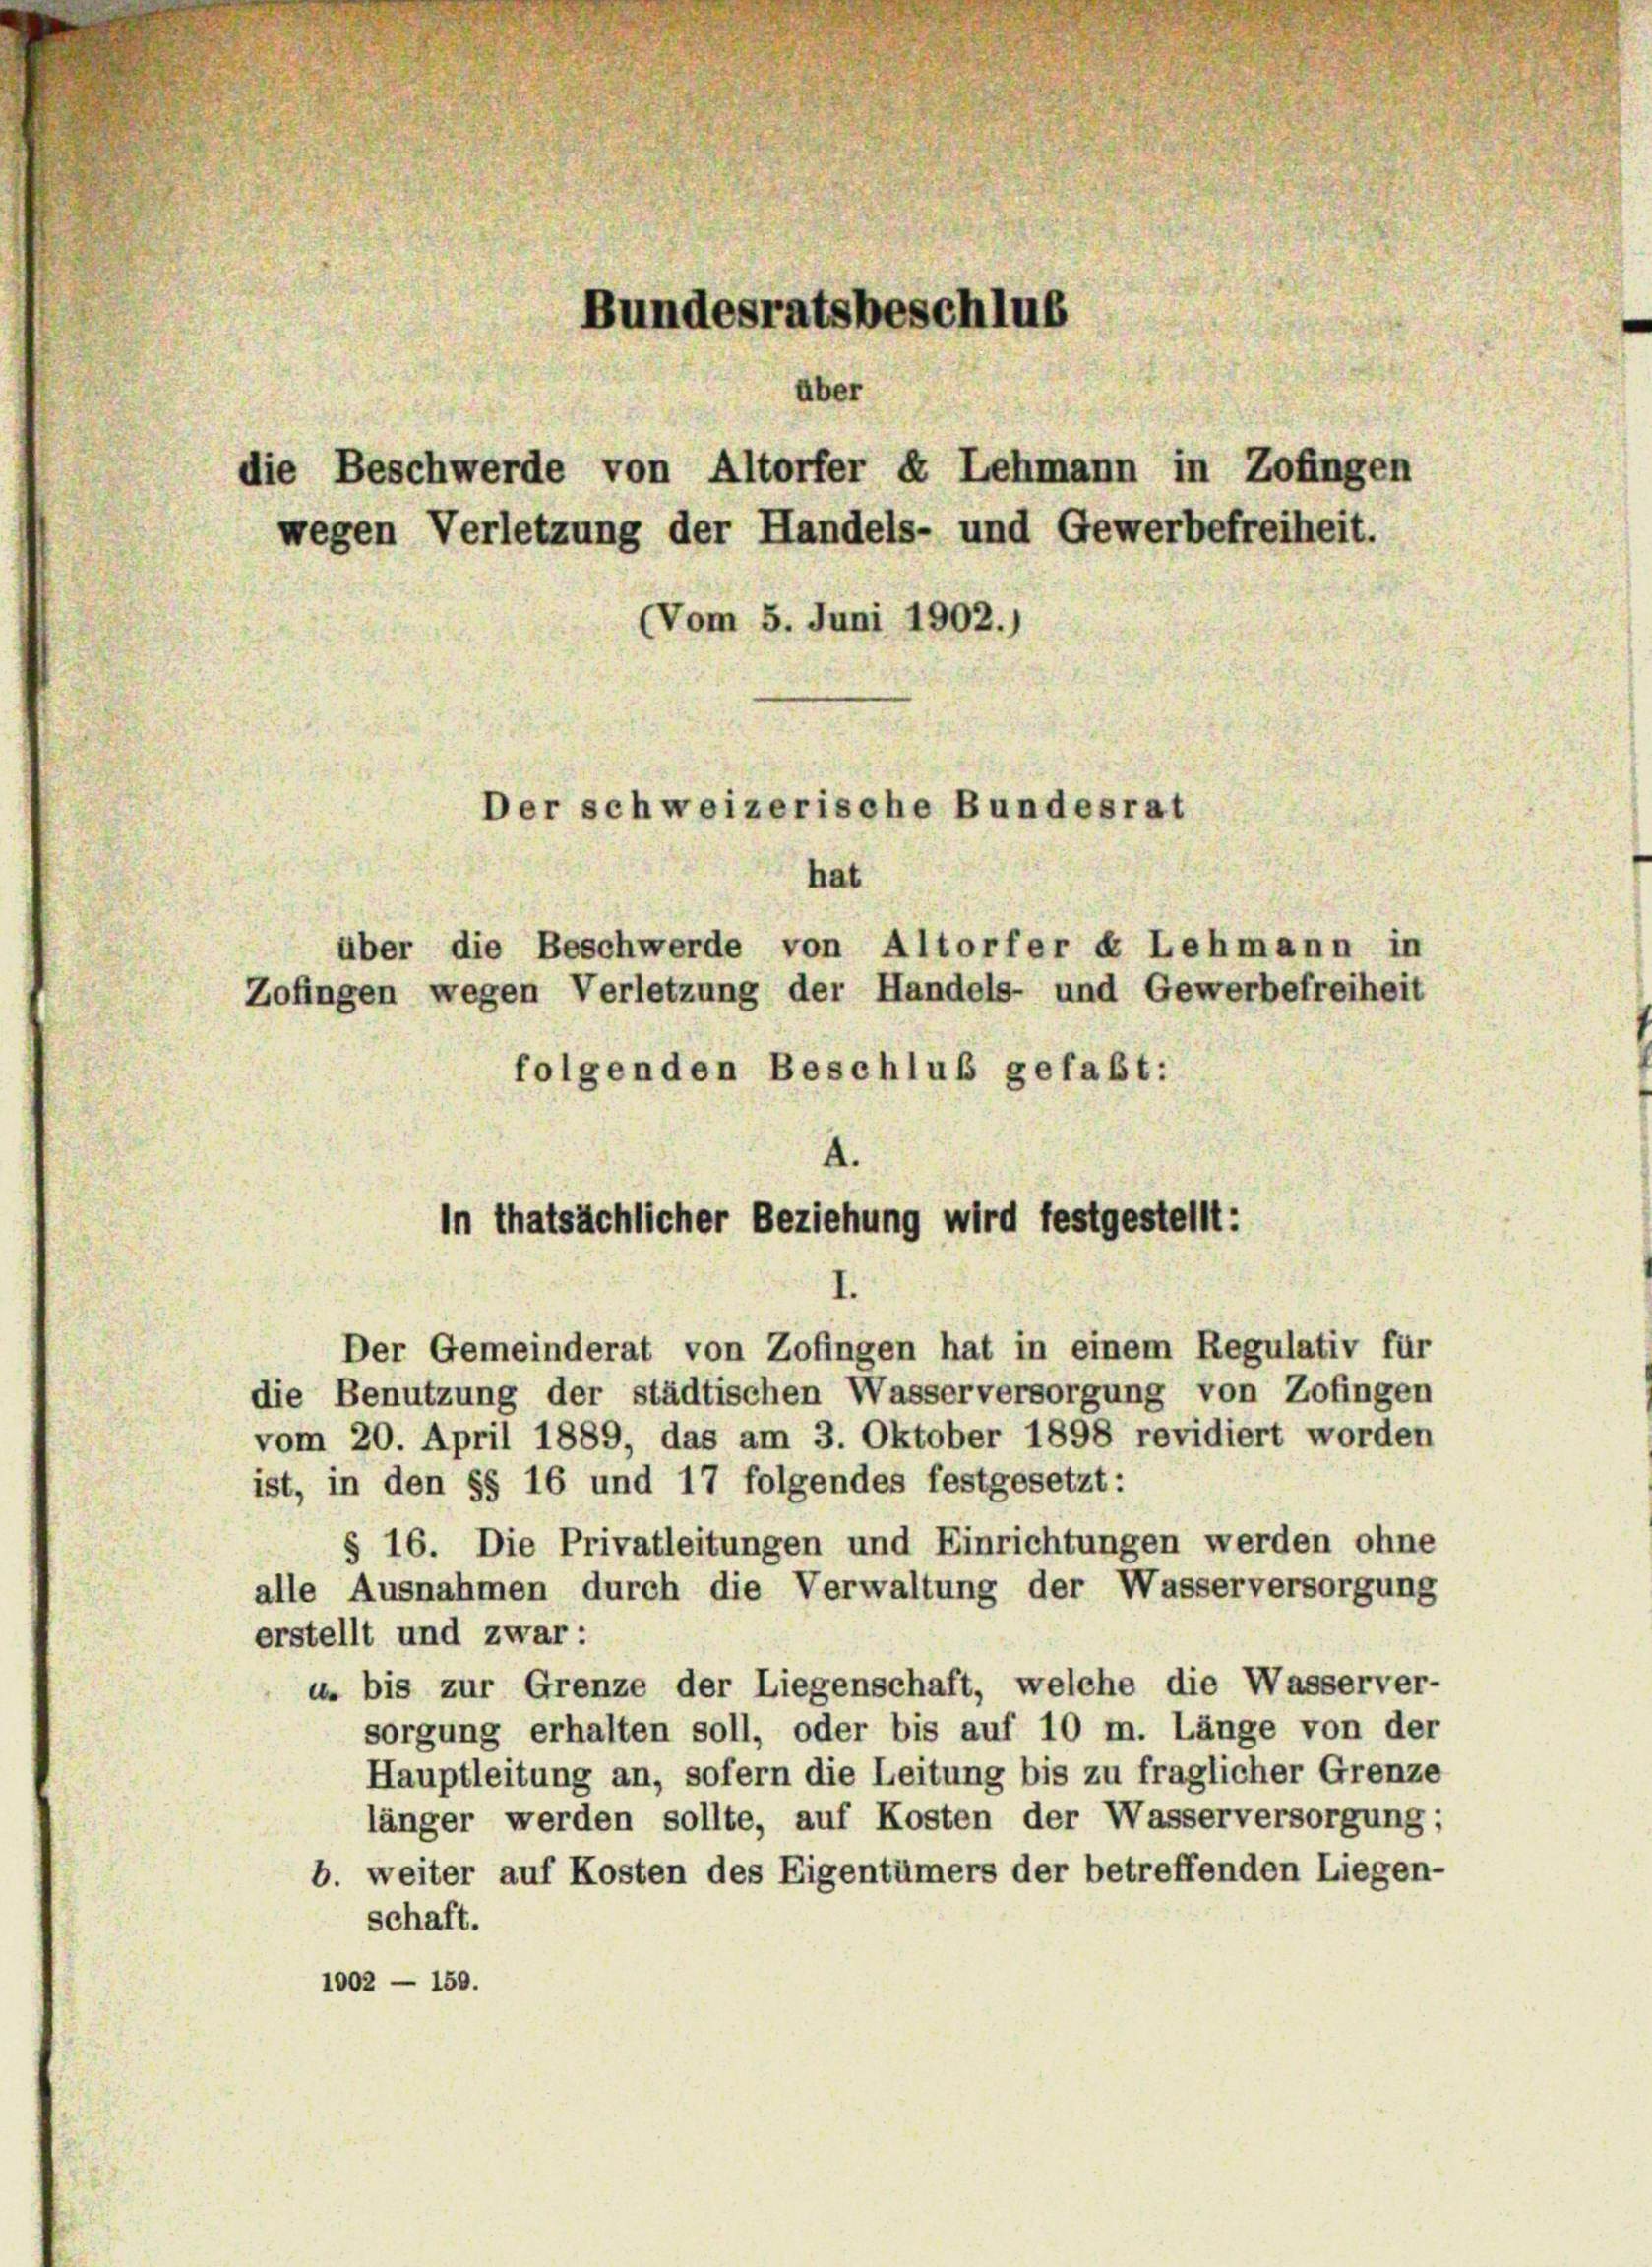
Bundesratsbeschlus
über
die Beschwerde von Altorfer & Lehmann in Zofingen
wegen Verletzung der Handels- und Gewerbefreiheit.
(Vom 5. Juni 1902.)
Der schweizerische Bundesrat
hat
über die Beschwerde von Altorfer « Lehmann in
Zofingen wegen Verletzung der Handels- und Gewerbefreiheit
folgenden Beschluß gefaßt:

4.
In thatsächlicher Beziehung wird festgestellt:
.
Der Gemeinderat von Zofingen hat in einem Regulativ für

die Benutzung der städtischen Wasserversorgung von Zofingen
vom 20. April 1889, das am 3. Oktober 1898 revidiert worden
ist, in den §§ 16 und 17 folgendes festgesetzt:
§ 16. Die Privatleitungen und Einrichtungen werden ohne
alle Ausnahmen durch die Verwaltung der Wasserversorgung
erstellt und zwar:
u. bis zur Grenze der Liegenschaft, welche die Wasserver-
sorgung erhalten soll, oder bis auf 10 m. Länge von der
Hauptleitung an, sofern die Leitung bis zu fraglicher Grenze
länger werden sollte, auf Kosten der Wasserversorgung;
b. weiter auf Kosten des Eigentümers der betreffenden Liegen-
schaft.
1002 — 150.